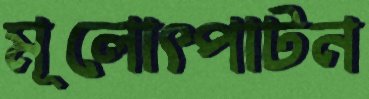
মূলোৎপাটন